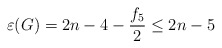
\begin{align*}\varepsilon(G)= 2n-4 -\frac{f_5}{2}\le 2 n-5 \end{align*}